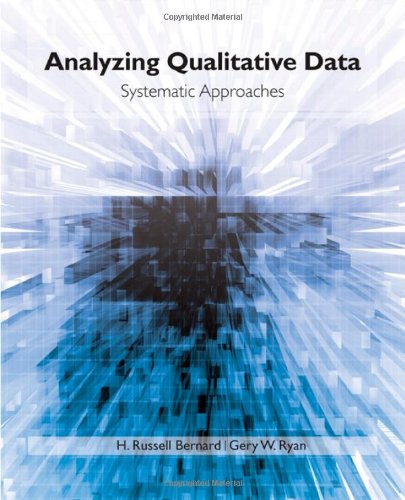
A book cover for Analyzing Qualitative Data: Systematic Approaches; H. Russell Bernard; Politics & Social Sciences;